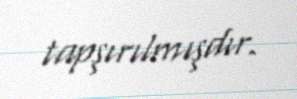
tapşırılmışdır.